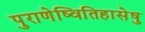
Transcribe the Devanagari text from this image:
पुराणेष्वितिहासेषु